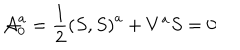
{ \cal A } _ { 0 } ^ { a } = \frac 1 2 \left( S , S \right) ^ { a } + V ^ { a } S = 0